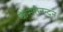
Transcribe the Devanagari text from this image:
केसरीनन्दन